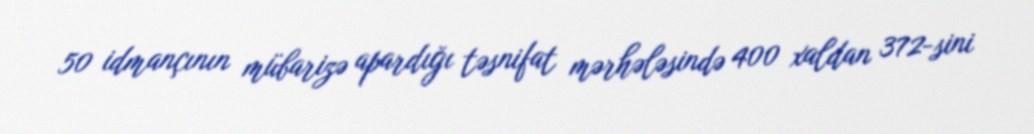
50 idmançının mübarizə apardığı təsnifat mərhələsində 400 xaldan 372-sini